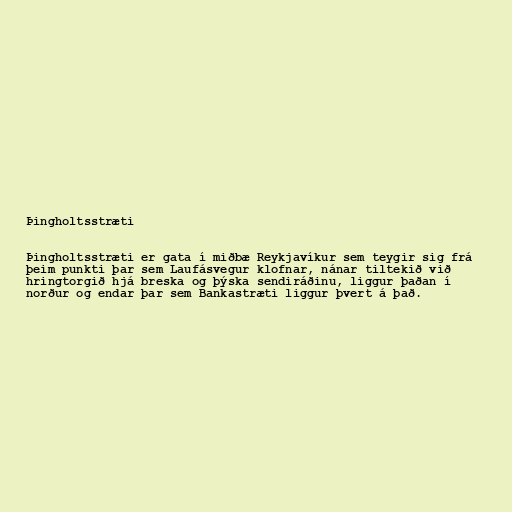
Þingholtsstræti

Þingholtsstræti er gata í miðbæ Reykjavíkur sem teygir sig frá
þeim punkti þar sem Laufásvegur klofnar, nánar tiltekið við
hringtorgið hjá breska og þýska sendiráðinu, liggur þaðan í
norður og endar þar sem Bankastræti liggur þvert á það.